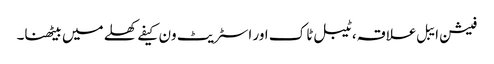
فیشن ایبل علاقہ، ٹیبل ٹاک اور اسٹریٹ ون کیفے کھلے میں بیٹھنا۔